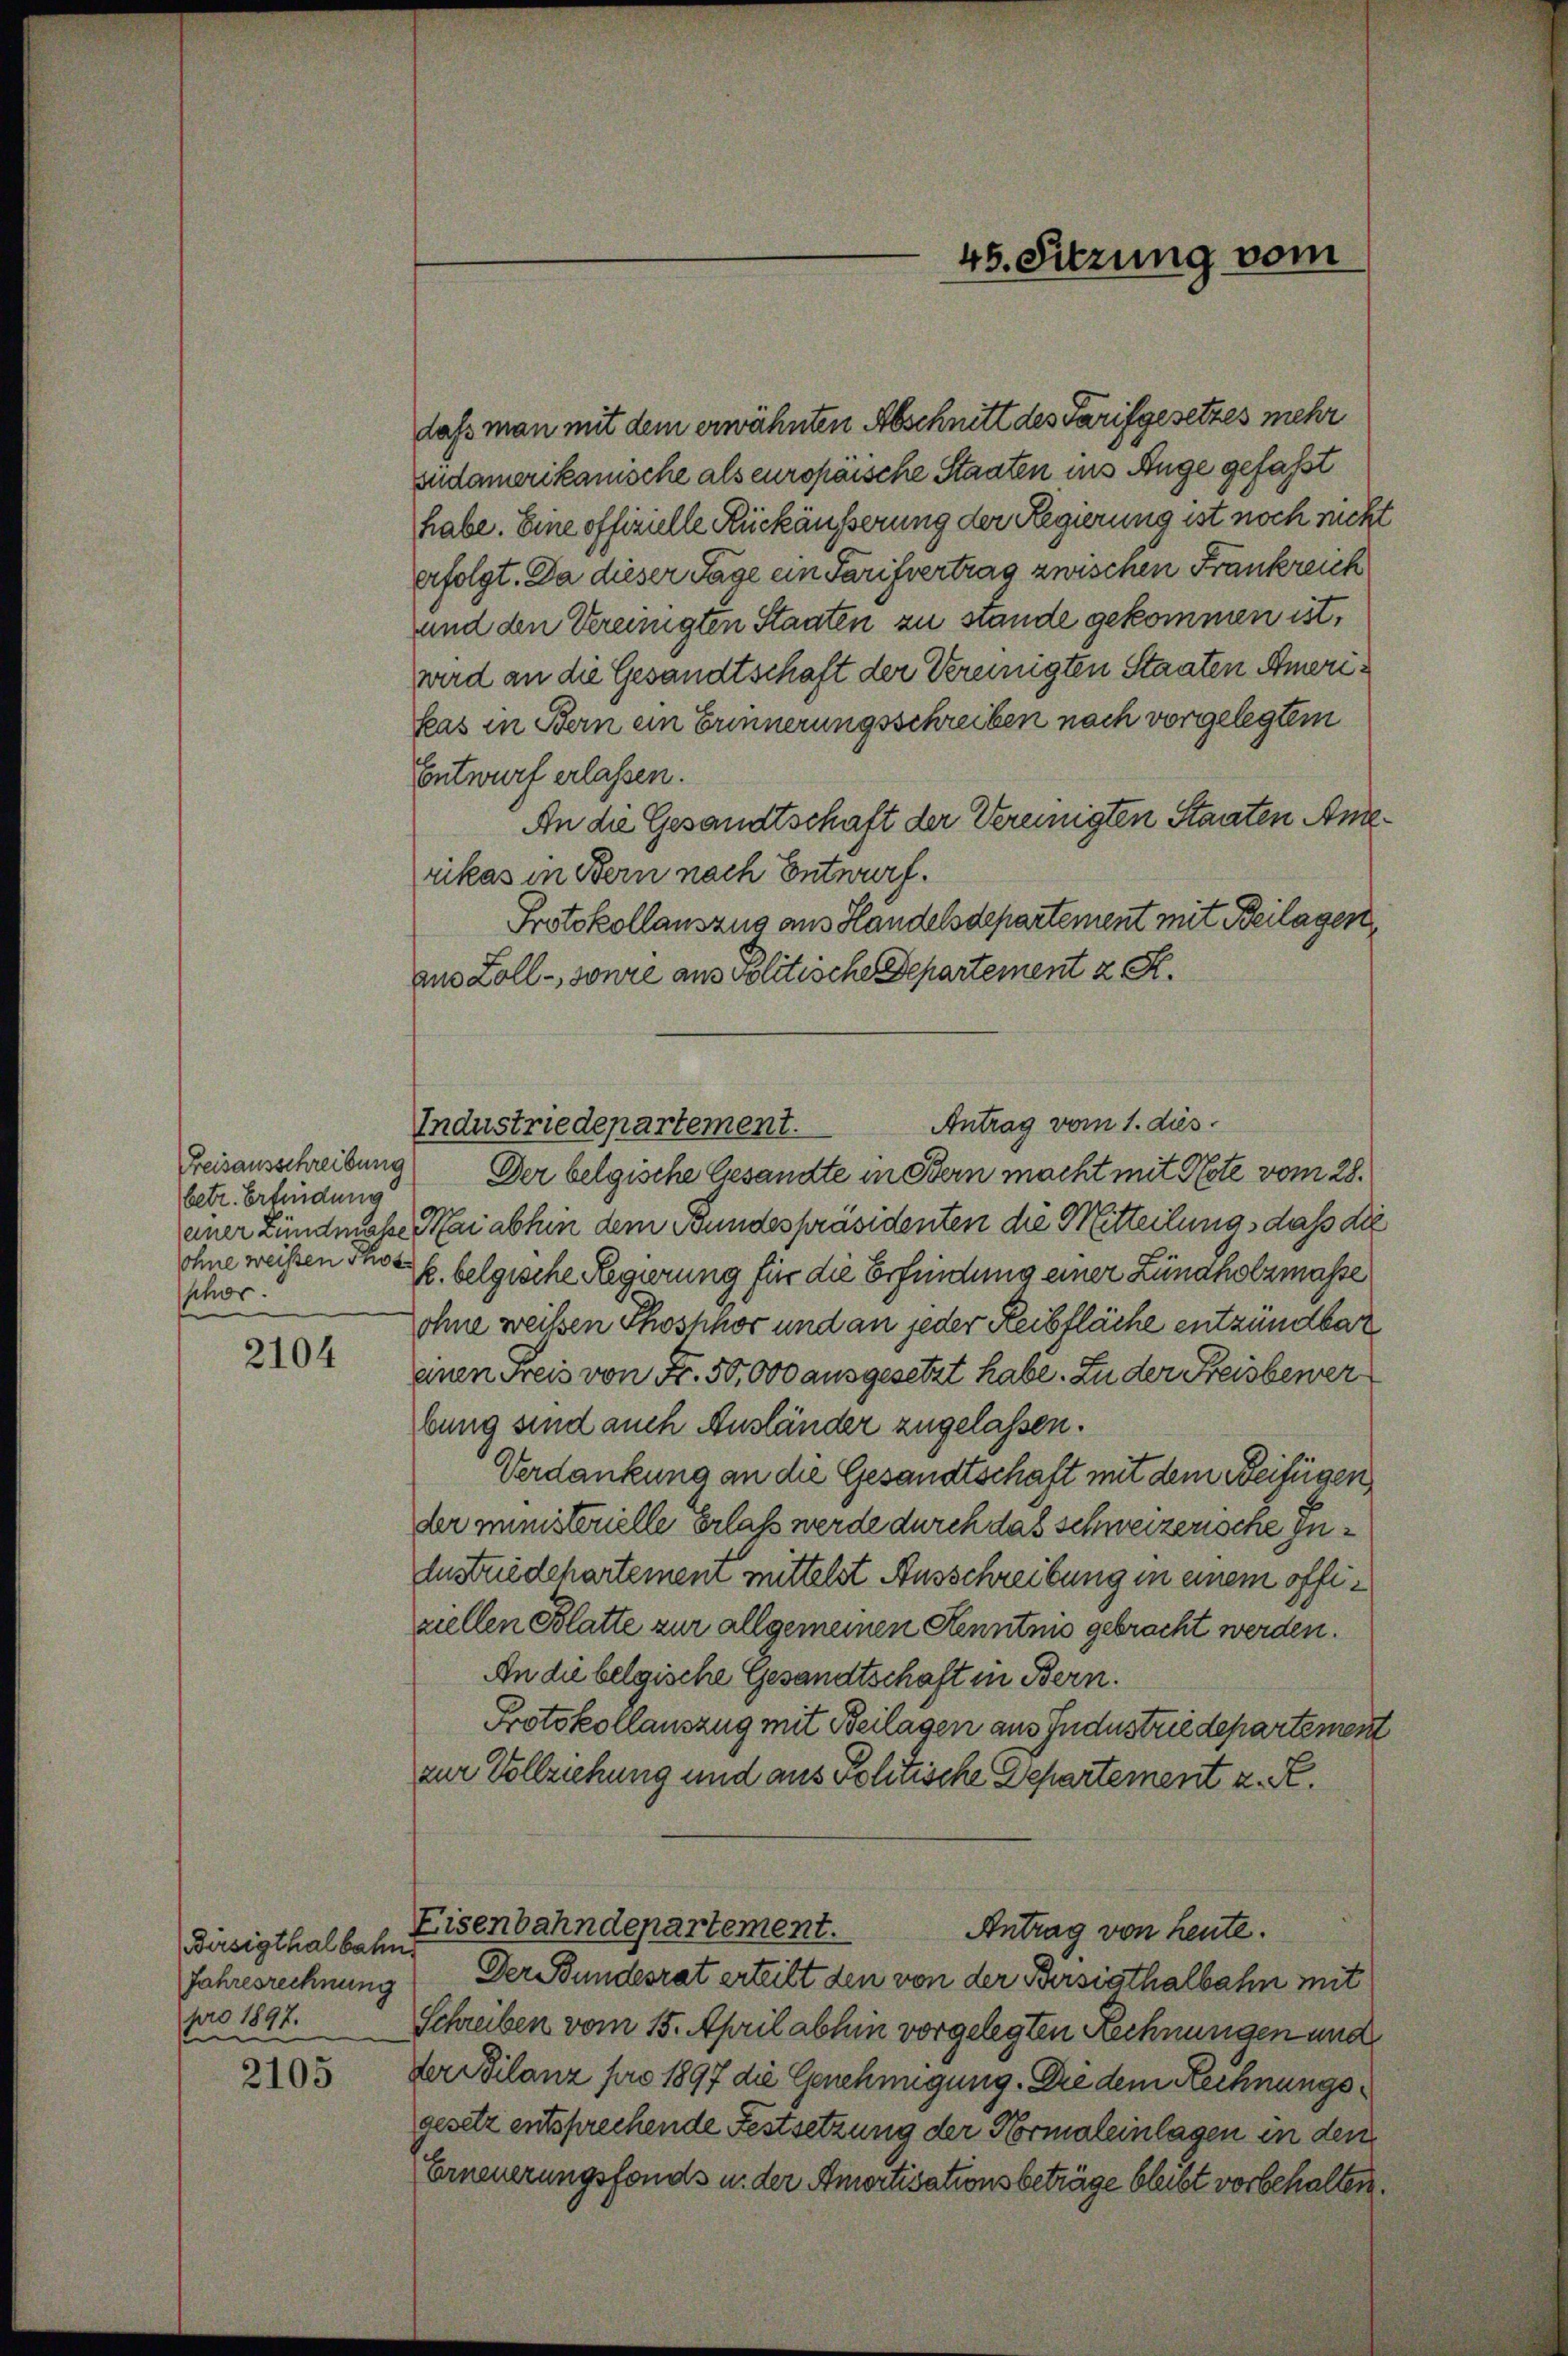
Freisausschreibung
betr. Erfindung
ohne weisen Phot
Schor

2104

Dirsigthalbahn
Jahresrechnung
pro 1897.
sin

2105

daß man mit dem erwähnten Abschnitt des Tarifgesetzes mehr
sudamerikanische als europäische Staaten ins Auge gefaßt
habe. Eine offizielle Rückäusserung der Regierung ist noch nicht
erfolgt. Da dieser Tage ein Tarifvertrag zwischen Frankreich
und den Vereinigten Staaten zu stande gekommen ist,
wird an die Gesandtschaft der Vereinigten Staaten Ameri¬
Pas in Bern ein Erinnerungsschreiben nach vorgelegtem
Entwurf erlassen.
An die Gesandtschaft der Vereinigten Staaten Anserikas in Bern nach Entwurf.
Protokollauszug aus Handelsdepartement mit Beilagen,
aus Zoll - sonne aus Politische Departement z. R.
Antrag vom 1. dies
Industriedepartement.
Der belgische Gesandte in Bern macht mit Note vom 28.
ener Lundmasse Mai abhin dem Bundespräsidenten die Mitteilung, daß die
k. belgische Regierung für die Erfindung einer Zündholzmasse
Lohne weißen Phosphor und an jeder Reibfläche entzündbar
einen Freis von Fr. 50,000 ausgesetzt habe. Zu der Freisbewerbung sind auch Ausländer zugelassen.
Verdankung an die Gesandtschaft mit dem Beifügen
der ministerielle Erlass werde durch das schweizerische Inustriedchartemen mittelst Ausschreibung in einem offiziellen Blatte zur allgemeinen Kenntnis gebracht werden.
An die belgische Gesandtschaft in Bern.
Protokollauszug mit Beilagen aus Jndustrie departement
zur Vollziehung und aus Politische Departement u. R.
Eisenbahndepartement.
Antrag von heute.
Der Bundesrat erteilt den von der Bersiathalbahn mit
Schreiben vom 15. April abhin vorgelegten Rechnungen und
der Bilanz pro 1897 die Genehmigung. Die dem Rechnungsgesetz entsprechende Festsetzung der Normaleinlagen in den
Erneuerungsfonds u. der Amortisationsbeträge bleibt vorbehalten.

45. Sitzung vom